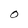
Character: O